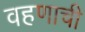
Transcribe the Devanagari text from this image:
वहणाची